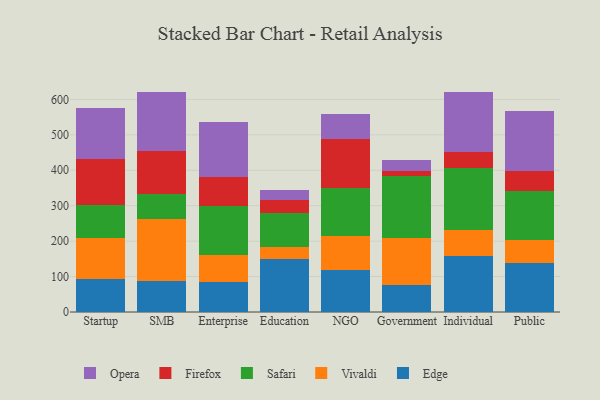
{"axis": {"x": "Segment", "y": "Churn Rate (%)"}, "legend": ["Edge", "Firefox", "Opera", "Safari", "Vivaldi"], "data": [{"x": "Startup", "y": 92.2, "type": "Edge"}, {"x": "Startup", "y": 117.2, "type": "Vivaldi"}, {"x": "Startup", "y": 93.1, "type": "Safari"}, {"x": "Startup", "y": 128.8, "type": "Firefox"}, {"x": "Startup", "y": 143.4, "type": "Opera"}, {"x": "SMB", "y": 88.3, "type": "Edge"}, {"x": "SMB", "y": 173.8, "type": "Vivaldi"}, {"x": "SMB", "y": 71.4, "type": "Safari"}, {"x": "SMB", "y": 119.6, "type": "Firefox"}, {"x": "SMB", "y": 167.3, "type": "Opera"}, {"x": "Enterprise", "y": 85.7, "type": "Edge"}, {"x": "Enterprise", "y": 76.3, "type": "Vivaldi"}, {"x": "Enterprise", "y": 135.8, "type": "Safari"}, {"x": "Enterprise", "y": 83.1, "type": "Firefox"}, {"x": "Enterprise", "y": 156.3, "type": "Opera"}, {"x": "Education", "y": 150.3, "type": "Edge"}, {"x": "Education", "y": 33.6, "type": "Vivaldi"}, {"x": "Education", "y": 94.8, "type": "Safari"}, {"x": "Education", "y": 36.7, "type": "Firefox"}, {"x": "Education", "y": 27.8, "type": "Opera"}, {"x": "NGO", "y": 119.3, "type": "Edge"}, {"x": "NGO", "y": 94.8, "type": "Vivaldi"}, {"x": "NGO", "y": 136.3, "type": "Safari"}, {"x": "NGO", "y": 136.9, "type": "Firefox"}, {"x": "NGO", "y": 71.8, "type": "Opera"}, {"x": "Government", "y": 75.3, "type": "Edge"}, {"x": "Government", "y": 133.4, "type": "Vivaldi"}, {"x": "Government", "y": 173.9, "type": "Safari"}, {"x": "Government", "y": 14.3, "type": "Firefox"}, {"x": "Government", "y": 31.3, "type": "Opera"}, {"x": "Individual", "y": 157.0, "type": "Edge"}, {"x": "Individual", "y": 73.4, "type": "Vivaldi"}, {"x": "Individual", "y": 174.9, "type": "Safari"}, {"x": "Individual", "y": 47.0, "type": "Firefox"}, {"x": "Individual", "y": 169.7, "type": "Opera"}, {"x": "Public", "y": 139.2, "type": "Edge"}, {"x": "Public", "y": 65.4, "type": "Vivaldi"}, {"x": "Public", "y": 136.0, "type": "Safari"}, {"x": "Public", "y": 57.1, "type": "Firefox"}, {"x": "Public", "y": 168.6, "type": "Opera"}]}